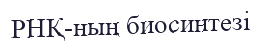
РНҚ-ның биосинтезi